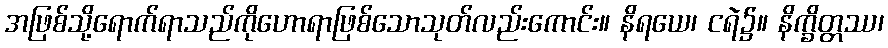
အဖြစ်သို့ရောက်ရာသည်ကိုဟောရာဖြစ်သောသုတ်လည်းကောင်း။ နိရယေ၊ ငရဲ၌။ နိက္ခိတ္တဿ၊